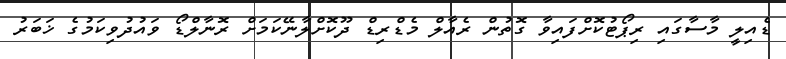
ޑެއިލީ މާސާގައި ރިޕޯޓުކޮށްފައިވާ ގޮތުން ރެއާލް މެޑްރިޑް ދޫކޮށްލާނޭކަމަށް ރޮނާލްޑޯ ވައުދުވިކަމުގެ ޚަބަރު